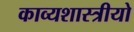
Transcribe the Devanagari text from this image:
काव्यशास्त्रीयो